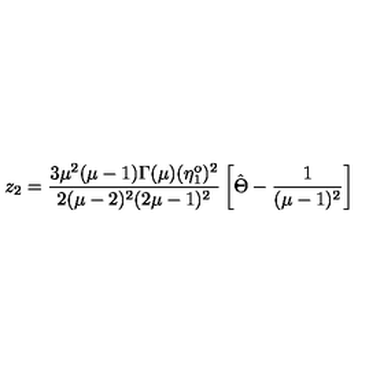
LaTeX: z _ { 2 } = \frac { 3 \mu ^ { 2 } ( \mu - 1 ) \Gamma ( \mu ) ( \eta _ { 1 } ^ { \mathrm { o } } ) ^ { 2 } } { 2 ( \mu - 2 ) ^ { 2 } ( 2 \mu - 1 ) ^ { 2 } } \left[ \hat { \Theta } - \frac { 1 } { ( \mu - 1 ) ^ { 2 } } \right]